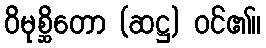
ဝိမုစ္ဆိတော (ဆဋ္ဌ) ဝင်၏။